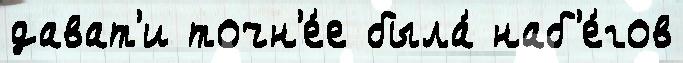
дават'и точн'е́е была́ наб'е́гов